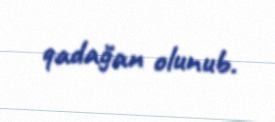
qadağan olunub.